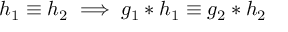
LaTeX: \ \ \, h _ { 1 } \equiv h _ { 2 } \implies g _ { 1 } \ast h _ { 1 } \equiv g _ { 2 } \ast h _ { 2 }